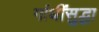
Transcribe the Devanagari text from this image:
गांधींसुद्धा